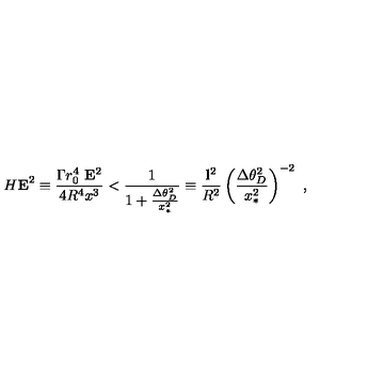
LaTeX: H { \bf E } ^ { 2 } \equiv \frac { \Gamma r _ { 0 } ^ { 4 } \ { \bf E } ^ { 2 } } { 4 R ^ { 4 } x ^ { 3 } } < \frac { 1 } { 1 + \frac { \Delta \theta _ { D } ^ { 2 } } { x _ { * } ^ { 2 } } } \equiv \frac { { \bf l } ^ { 2 } } { R ^ { 2 } } \left( \frac { \Delta \theta _ { D } ^ { 2 } } { x _ { * } ^ { 2 } } \right) ^ { - 2 } \ ,